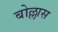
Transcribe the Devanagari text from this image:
बोल्लास